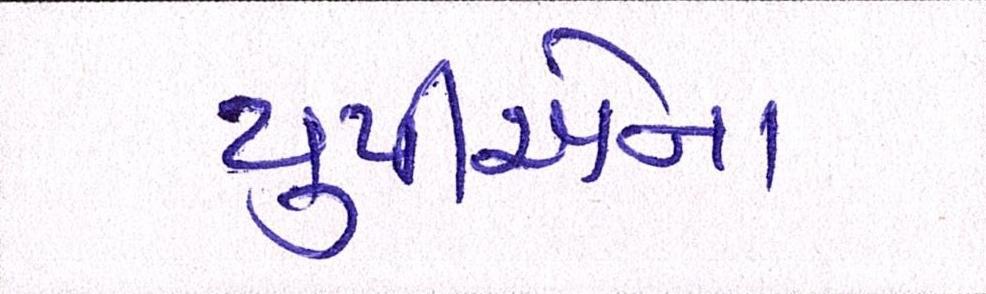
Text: યુપીએના